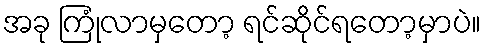
အခု ကြုံလာမှတော့ ရင်ဆိုင်ရတော့မှာပဲ။